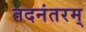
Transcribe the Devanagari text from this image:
तदनंतरम्